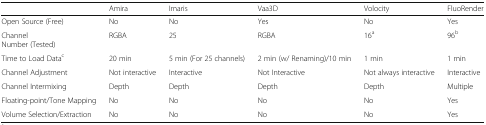
<table><thead><tr><td></td><td><b>Amira</b></td><td><b>Imaris</b></td><td><b>Vaa3D</b></td><td><b>Volocity</b></td><td><b>FluoRender</b></td></tr></thead><tbody><tr><td>Open Source (Free)</td><td>No</td><td>No</td><td>Yes</td><td>No</td><td>Yes</td></tr><tr><td>ChannelNumber (Tested)</td><td>RGBA</td><td>25</td><td>RGBA</td><td>16<sup>a</sup></td><td>96<sup>b</sup></td></tr><tr><td>Time to Load Data<sup>c</sup></td><td>20 min</td><td>5 min (For 25 channels)</td><td>2 min (w/ Renaming)/10 min</td><td>1 min</td><td>1 min</td></tr><tr><td>Channel Adjustment</td><td>Not interactive</td><td>Interactive</td><td>Not Interactive</td><td>Not always interactive</td><td>Interactive</td></tr><tr><td>Channel Intermixing</td><td>Depth</td><td>Depth</td><td>Depth</td><td>Depth</td><td>Multiple</td></tr><tr><td>Floating-point/Tone Mapping</td><td>No</td><td>No</td><td>No</td><td>No</td><td>Yes</td></tr><tr><td>Volume Selection/Extraction</td><td>No</td><td>No</td><td>No</td><td>No</td><td>Yes</td></tr></tbody></table>